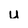
Character: u